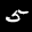
Digit: 5